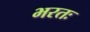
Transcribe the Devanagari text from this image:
भरतः